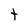
Character: t